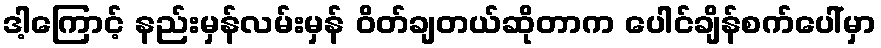
ဒါ့ကြောင့် နည်းမှန်လမ်းမှန် ဝိတ်ချတယ်ဆိုတာက ပေါင်ချိန်စက်ပေါ်မှာ